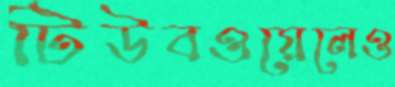
টিউবওয়েলেও